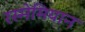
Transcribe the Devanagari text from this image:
रस्मेमियान